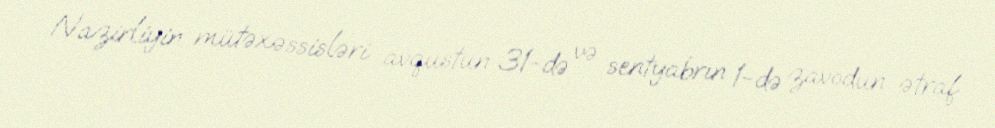
Nazirliyin mütəxəssisləri avqustun 31-də və sentyabrın 1-də zavodun ətraf